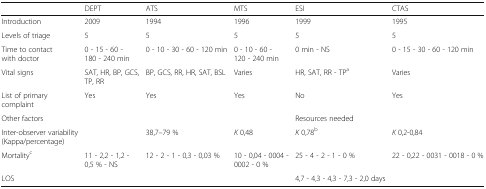
<table><thead><tr><td>[EMPTY_CELL]</td><td><b>DEPT</b></td><td><b>ATS</b></td><td><b>MTS</b></td><td><b>ESI</b></td><td><b>CTAS</b></td></tr></thead><tbody><tr><td>Introduction</td><td>2009</td><td>1994</td><td>1996</td><td>1999</td><td>1995</td></tr><tr><td>Levels of triage</td><td>5</td><td>5</td><td>5</td><td>5</td><td>5</td></tr><tr><td>Time to contact with doctor</td><td>0 - 15 - 60 - 180 - 240 min</td><td>0 - 10 - 30 - 60 - 120 min</td><td>0 - 10 - 60 - 120 - 240 min</td><td>0 min - NS</td><td>0 - 15 - 30 - 60 - 120 min</td></tr><tr><td>Vital signs</td><td>SAT, HR, BP, GCS, TP, RR</td><td>BP, GCS, RR, HR, SAT, BSL</td><td>Varies</td><td>HR, SAT, RR - TP<sup>a</sup></td><td>Varies</td></tr><tr><td>List of primary complaint</td><td>Yes</td><td>Yes</td><td>Yes</td><td>No</td><td>Yes</td></tr><tr><td>Other factors</td><td>[EMPTY_CELL]</td><td>[EMPTY_CELL]</td><td>[EMPTY_CELL]</td><td>Resources needed</td><td>[EMPTY_CELL]</td></tr><tr><td>Inter-observer variability (Kappa/percentage)</td><td>[EMPTY_CELL]</td><td>38,7–79 %</td><td><i>K</i> 0,48</td><td><i>K</i> 0,78<sup>b</sup></td><td><i>K</i> 0,2-0,84</td></tr><tr><td>Mortality<sup>c</sup></td><td>11 - 2,2 - 1,2 - 0,5 % - NS</td><td>12 - 2 - 1 - 0,3 - 0,03 %</td><td>10 - 0,04 - 0004 - 0002 - 0 %</td><td>25 - 4 - 2 - 1 - 0 %</td><td>22 - 0,22 - 0031 - 0018 - 0 %</td></tr><tr><td>LOS</td><td>[EMPTY_CELL]</td><td>[EMPTY_CELL]</td><td>[EMPTY_CELL]</td><td>4,7 - 4,3 - 4,3 - 7,3 - 2,0 days</td><td>[EMPTY_CELL]</td></tr></tbody></table>